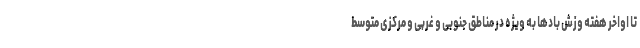
تا اواخر هفته وزش بادها به ویژه در مناطق جنوبی و غربی و مرکزی متوسط